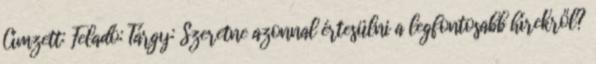
Címzett: Feladó: Tárgy: Szeretne azonnal értesülni a legfontosabb hírekről?